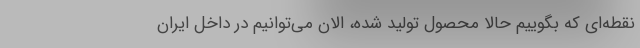
نقطه‌ای که بگوییم حالا محصول تولید شده، الان می‌توانیم در داخل ایران